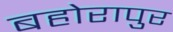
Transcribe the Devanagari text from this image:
बहोरापुर